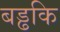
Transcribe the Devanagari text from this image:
बड्ढकि